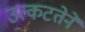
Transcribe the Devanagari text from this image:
उत्कटतेने